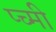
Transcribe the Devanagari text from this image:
प्च्मी